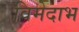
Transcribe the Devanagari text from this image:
विमेदाभ